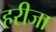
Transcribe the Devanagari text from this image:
हरीजा